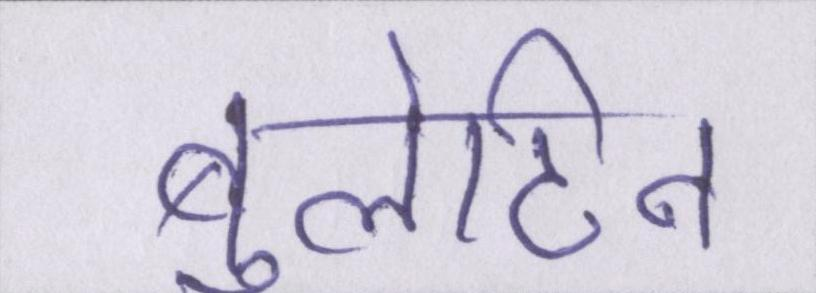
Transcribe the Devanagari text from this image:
बुलेटिन